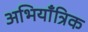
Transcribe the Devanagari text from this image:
अभियाँत्रिक